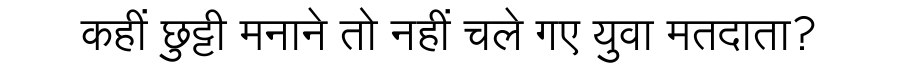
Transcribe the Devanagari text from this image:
कहीं छुट्टी मनाने तो नहीं चले गए युवा मतदाता?